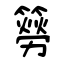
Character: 簩